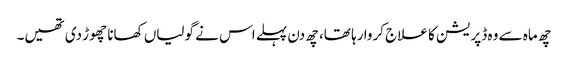
چھ ماہ سے وہ ڈپریشن کا علاج کروا رہا تھا، چھ دن پہلے اس نے گولیاں کھانا چھوڑ دی تھیں۔